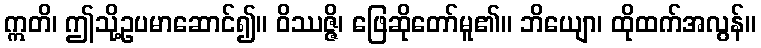
ဣတိ၊ ဤသို့ဥပမာဆောင်၍။ ဝိဿဇ္ဇိ၊ ဖြေဆိုတော်မူ၏။ ဘိယျော၊ ထိုထက်အလွန်။